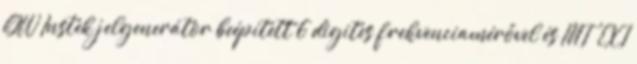
GW Instek jelgenerátor beépített 6 digites frekvenciamérővel és INT EXT